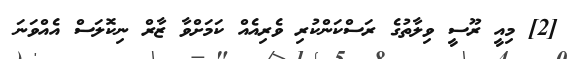
[2] މިއީ ރޫސީ ވިލާތުގެ ރަސްކަންކުރި ވެރިއެއް ކަމަށްވާ ޒާރް ނިކޮލަސް އެއްވަނަ